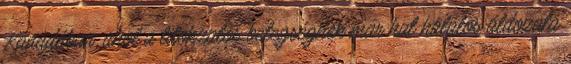
Kanadában, ahol a titokzatos betegségnek már hat halálos áldozata